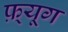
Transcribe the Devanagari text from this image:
फ़्यूग